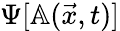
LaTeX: \Psi[\mathbb{A}(\vec{x},t)]